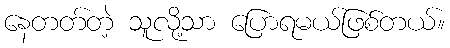
နေတတ်တဲ့ သူလို့သာ ပြောရမယ်ဖြစ်တယ်။